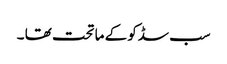
سب سڈکو کے ما تحت تھا ۔